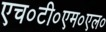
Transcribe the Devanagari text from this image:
एच०टी०एम०एल०